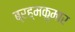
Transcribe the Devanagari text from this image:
ब्रह्मकुमार